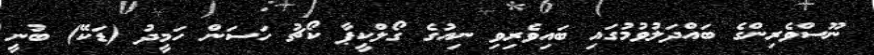
ނޫސްވެރިންގެ ބައްދަލުވުމުގައި ބައިވެރިވި ނިއުގެ ގޯލްކީޕާ ކޯޗު ހަސަން ހަމީދު (ޑަކޭ) ބުނީ